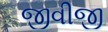
જીવીજી